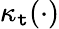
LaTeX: \kappa_{\mathtt{t}}(\cdot)